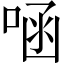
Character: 㖤